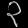
Digit: ၃